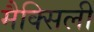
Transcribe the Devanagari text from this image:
मैक्सिली